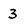
Character: 3